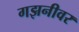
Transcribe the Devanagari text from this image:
गझनीवर